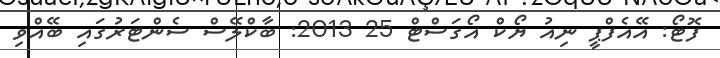
ފޮޓޯ: އޭއެފްޕީ ނިއު ޔޯކް އޯގަސްޓް 25 2013: ބާކްލޭސް ސެންޓަރުގައި ބޭއްވި